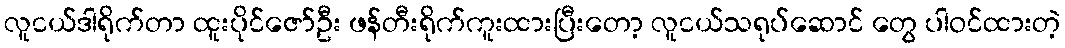
လူငယ်ဒါရိုက်တာ ထူးပိုင်ဇော်ဦး ဖန်တီးရိုက်ကူးထားပြီးတော့ လူငယ်သရုပ်ဆောင် တွေ ပါဝင်ထားတဲ့